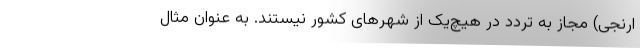
ارنجی) مجاز به تردد در هیچ‌یک از شهرهای کشور نیستند. به عنوان مثال